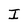
Character: I